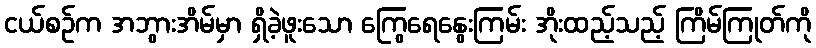
ငယ်စဉ်က အဘွားအိမ်မှာ ရှိခဲ့ဖူးသော ကြွေရေနွေးကြမ်း အိုးထည့်သည့် ကြိမ်ကြုတ်ကို